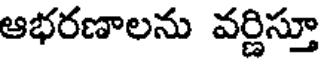
ఆభరణాలను వర్ణిస్తూ